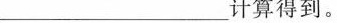
____________________计算得到。